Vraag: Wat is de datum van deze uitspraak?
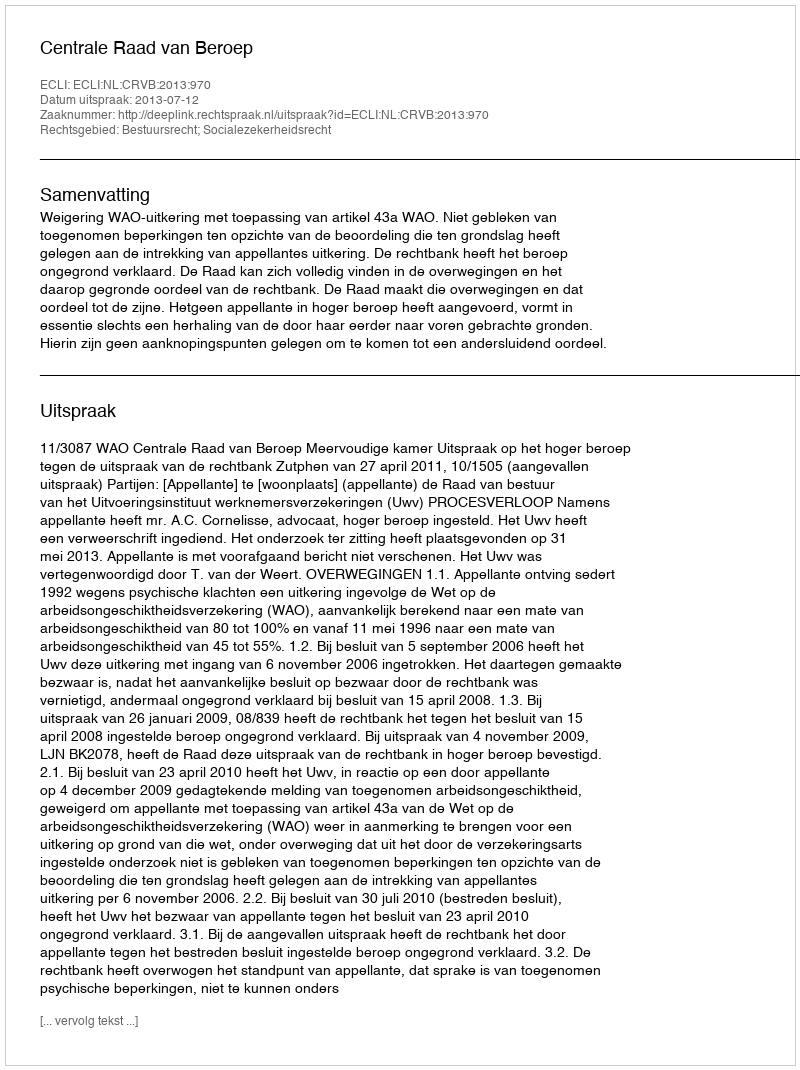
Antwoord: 2013-07-12